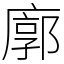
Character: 廓